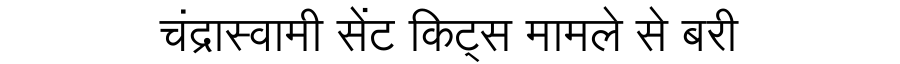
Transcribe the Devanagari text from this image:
चंद्रास्वामी सेंट किट्स मामले से बरी